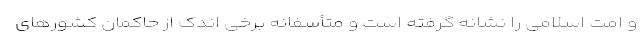
و امت اسلامی را نشانه گرفته است و متأسفانه برخی اندک از حاکمان کشورهای